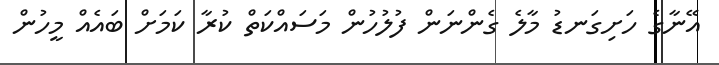
އޭނާގެ ހަށިގަނޑު މާލެ ގެންނަން ފުލުހުން މަސައްކަތް ކުރާ ކަމަށް ބައެއް މީހުން